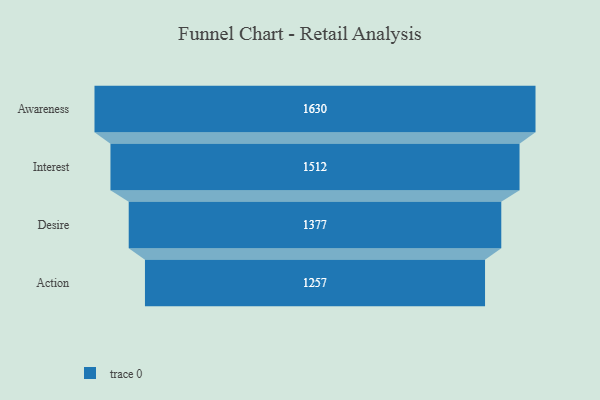
{"axis": {"x": "Stage", "y": "Value"}, "legend": [""], "data": [{"x": "Awareness", "y": 1630.0, "type": ""}, {"x": "Interest", "y": 1512.0, "type": ""}, {"x": "Desire", "y": 1377.0, "type": ""}, {"x": "Action", "y": 1257.0, "type": ""}]}